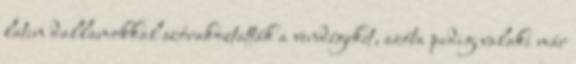
latin dallamokkal szórakoztatták a vendégeket, azóta pedig valaki már